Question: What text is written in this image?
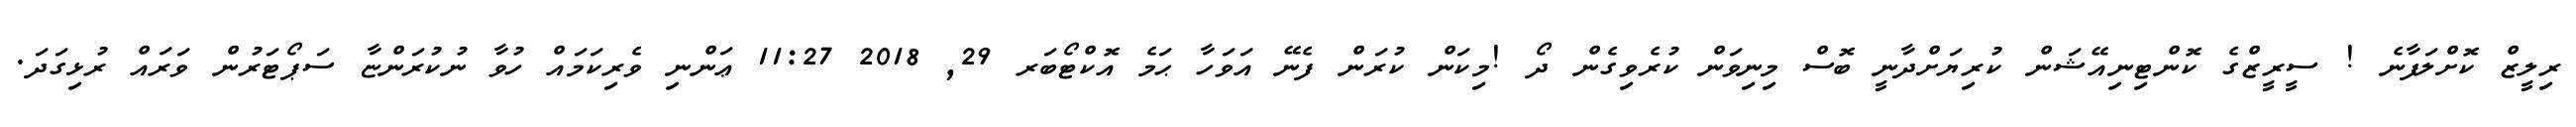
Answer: ރިލީޒް ކޮށްލަފާނެ ! ސީރީޒްގެ ކޮންޓިނިއޭޝަން ކުރިޔަށްދާނީ ބޮސް މިނިވަން ކުރެވިގެން ދޯ !މިކަން ކުރަން ފެނޭ އަވަހާ ޙަމެ އޮކްޓޯބަރ 29, 2018 11:27 ޢަންނި ވެރިކަމައް ހުވާ ނުކުރަންޏާ ސަޕޯޓަރުން ވަރައް ރުޅިގަދަ.